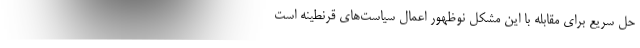
حل سریع برای مقابله با این مشکل نوظهور اعمال سیاست‌های قرنطینه است